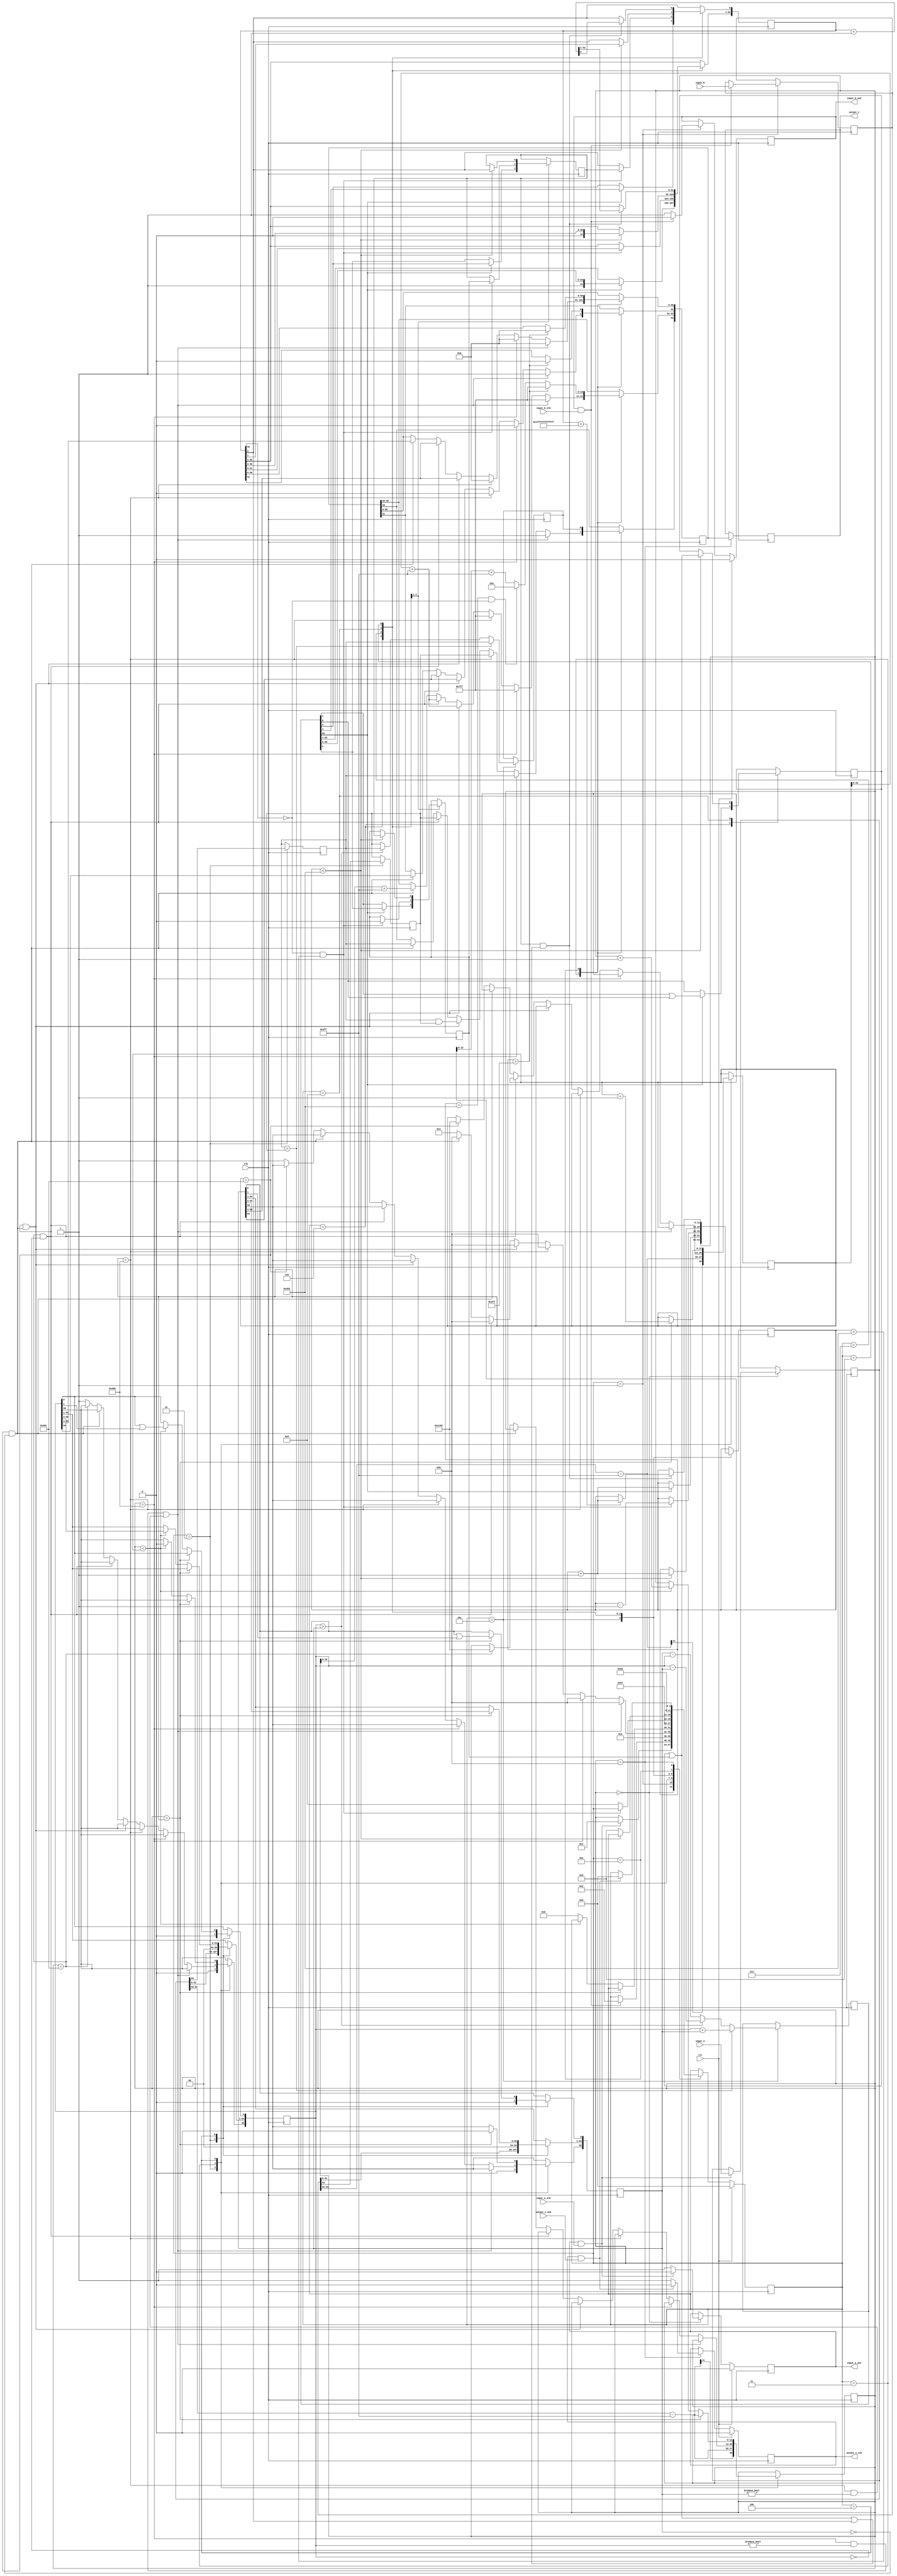
//IEEE Floating Point Adder (Double Precision)
//Copyright (C) Jonathan P Dawson 2013
//2013-12-12

module double_adder(
        input_a,
        input_b,
        input_a_stb,
        input_b_stb,
        output_z_ack,
        clk,
        rst,
        output_z,
        output_z_stb,
        input_a_ack,
        input_b_ack);

  input     clk;
  input     rst;

  input     [63:0] input_a;
  input     input_a_stb;
  output    input_a_ack;

  input     [63:0] input_b;
  input     input_b_stb;
  output    input_b_ack;

  output    [63:0] output_z;
  output    output_z_stb;
  input     output_z_ack;

  reg       s_output_z_stb;
  reg       [63:0] s_output_z;
  reg       s_input_a_ack;
  reg       s_input_b_ack;

  reg       [3:0] state;
  parameter get_a         = 4'd0,
            get_b         = 4'd1,
            unpack        = 4'd2,
            special_cases = 4'd3,
            align         = 4'd4,
            add_0         = 4'd5,
            add_1         = 4'd6,
            normalise_1   = 4'd7,
            normalise_2   = 4'd8,
            round         = 4'd9,
            pack          = 4'd10,
            put_z         = 4'd11;

  reg       [63:0] a, b, z;
  reg       [55:0] a_m, b_m;
  reg       [52:0] z_m;
  reg       [12:0] a_e, b_e, z_e;
  reg       a_s, b_s, z_s;
  reg       guard, round_bit, sticky;
  reg       [56:0] sum;

  always @(posedge clk)
  begin

    case(state)

      get_a:
      begin
        s_input_a_ack <= 1;
        if (s_input_a_ack && input_a_stb) begin
          a <= input_a;
          s_input_a_ack <= 0;
          state <= get_b;
        end
      end

      get_b:
      begin
        s_input_b_ack <= 1;
        if (s_input_b_ack && input_b_stb) begin
          b <= input_b;
          s_input_b_ack <= 0;
          state <= unpack;
        end
      end

      unpack:
      begin
        a_m <= {a[51 : 0], 3'd0};
        b_m <= {b[51 : 0], 3'd0};
        a_e <= a[62 : 52] - 1023;
        b_e <= b[62 : 52] - 1023;
        a_s <= a[63];
        b_s <= b[63];
        state <= special_cases;
      end

      special_cases:
      begin
        //if a is NaN or b is NaN return NaN 
        if ((a_e == 1024 && a_m != 0) || (b_e == 1024 && b_m != 0)) begin
          z[63] <= 1;
          z[62:52] <= 2047;
          z[51] <= 1;
          z[50:0] <= 0;
          state <= put_z;
        //if a is inf return inf
        end else if (a_e == 1024) begin
          z[63] <= a_s;
          z[62:52] <= 2047;
          z[51:0] <= 0;
          state <= put_z;
        //if b is inf return inf
        end else if (b_e == 1024) begin
          z[63] <= b_s;
          z[62:52] <= 2047;
          z[51:0] <= 0;
          state <= put_z;
        //if a is zero return b
        end else if ((($signed(a_e) == -1023) && (a_m == 0)) && (($signed(b_e) == -1023) && (b_m == 0))) begin
          z[63] <= a_s & b_s;
          z[62:52] <= b_e[10:0] + 1023;
          z[51:0] <= b_m[55:3];
          state <= put_z;
        //if a is zero return b
        end else if (($signed(a_e) == -1023) && (a_m == 0)) begin
          z[63] <= b_s;
          z[62:52] <= b_e[10:0] + 1023;
          z[51:0] <= b_m[55:3];
          state <= put_z;
        //if b is zero return a
        end else if (($signed(b_e) == -1023) && (b_m == 0)) begin
          z[63] <= a_s;
          z[62:52] <= a_e[10:0] + 1023;
          z[51:0] <= a_m[55:3];
          state <= put_z;
        end else begin
          //Denormalised Number
          if ($signed(a_e) == -1023) begin
            a_e <= -1022;
          end else begin
            a_m[55] <= 1;
          end
          //Denormalised Number
          if ($signed(b_e) == -1023) begin
            b_e <= -1022;
          end else begin
            b_m[55] <= 1;
          end
          state <= align;
        end
      end

      align:
      begin
        if ($signed(a_e) > $signed(b_e)) begin
          b_e <= b_e + 1;
          b_m <= b_m >> 1;
          b_m[0] <= b_m[0] | b_m[1];
        end else if ($signed(a_e) < $signed(b_e)) begin
          a_e <= a_e + 1;
          a_m <= a_m >> 1;
          a_m[0] <= a_m[0] | a_m[1];
        end else begin
          state <= add_0;
        end
      end

      add_0:
      begin
        z_e <= a_e;
        if (a_s == b_s) begin
          sum <= {1'd0, a_m} + b_m;
          z_s <= a_s;
        end else begin
          if (a_m > b_m) begin
            sum <= {1'd0, a_m} - b_m;
            z_s <= a_s;
          end else begin
            sum <= {1'd0, b_m} - a_m;
            z_s <= b_s;
          end
        end
        state <= add_1;
      end

      add_1:
      begin
        if (sum[56]) begin
          z_m <= sum[56:4];
          guard <= sum[3];
          round_bit <= sum[2];
          sticky <= sum[1] | sum[0];
          z_e <= z_e + 1;
        end else begin
          z_m <= sum[55:3];
          guard <= sum[2];
          round_bit <= sum[1];
          sticky <= sum[0];
        end
        state <= normalise_1;
      end

      normalise_1:
      begin
        if (z_m[52] == 0 && $signed(z_e) > -1022) begin
          z_e <= z_e - 1;
          z_m <= z_m << 1;
          z_m[0] <= guard;
          guard <= round_bit;
          round_bit <= 0;
        end else begin
          state <= normalise_2;
        end
      end

      normalise_2:
      begin
        if ($signed(z_e) < -1022) begin
          z_e <= z_e + 1;
          z_m <= z_m >> 1;
          guard <= z_m[0];
          round_bit <= guard;
          sticky <= sticky | round_bit;
        end else begin
          state <= round;
        end
      end

      round:
      begin
        if (guard && (round_bit | sticky | z_m[0])) begin
          z_m <= z_m + 1;
          if (z_m == 53'h1fffffffffffff) begin
            z_e <=z_e + 1;
          end
        end
        state <= pack;
      end

      pack:
      begin
        z[51 : 0] <= z_m[51:0];
        z[62 : 52] <= z_e[10:0] + 1023;
        z[63] <= z_s;
        if ($signed(z_e) == -1022 && z_m[52] == 0) begin
          z[62 : 52] <= 0;
        end
        //if overflow occurs, return inf
        if ($signed(z_e) > 1023) begin
          z[51 : 0] <= 0;
          z[62 : 52] <= 2047;
          z[63] <= z_s;
        end
        state <= put_z;
      end

      put_z:
      begin
        s_output_z_stb <= 1;
        s_output_z <= z;
        if (s_output_z_stb && output_z_ack) begin
          s_output_z_stb <= 0;
          state <= get_a;
        end
      end

    endcase

    if (rst == 1) begin
      state <= get_a;
      s_input_a_ack <= 0;
      s_input_b_ack <= 0;
      s_output_z_stb <= 0;
    end

  end
  assign input_a_ack = s_input_a_ack;
  assign input_b_ack = s_input_b_ack;
  assign output_z_stb = s_output_z_stb;
  assign output_z = s_output_z;

endmodule